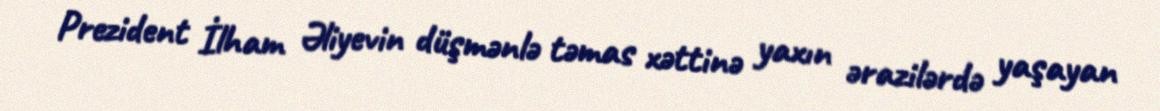
Prezident İlham Əliyevin düşmənlə təmas xəttinə yaxın ərazilərdə yaşayan